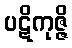
ပဋိကုဇ္ဇိ